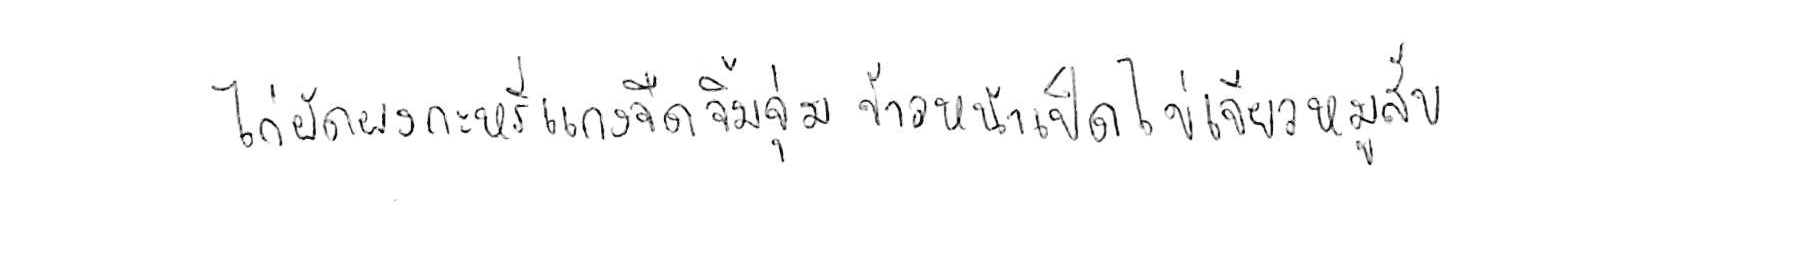
ไก่ผัดผงกะหรี่ แกงจืด จิ้มจุ่ม ข้าวหน้าเป็ด ไข่เจียวหมูสับ